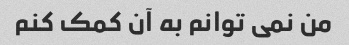
من نمی توانم به آن کمک کنم